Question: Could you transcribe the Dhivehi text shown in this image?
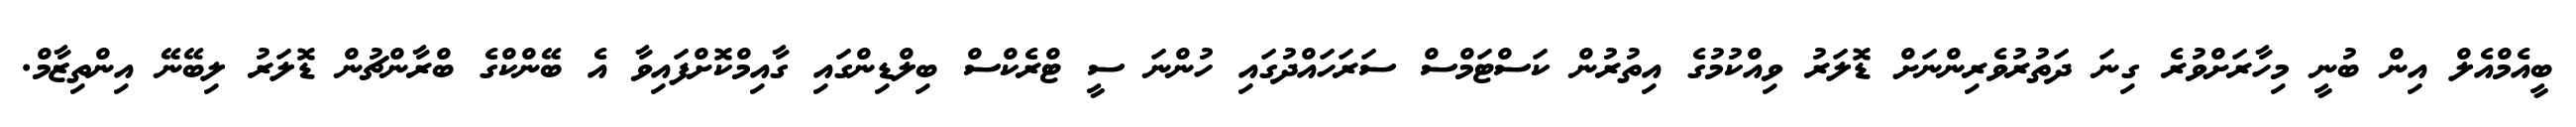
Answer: ބީއެމްއެލް އިން ބުނީ މިހާރަށްވުރެ ގިނަ ދަތުރުވެރިންނަށް ޑޮލަރު ވިއްކުމުގެ އިތުރުން ކަސްޓަމްސް ސަރަހައްދުގައި ހުންނަ ސީ ޓްރެކްސް ބިލްޑިންގައި ގާއިމްކޮށްފައިވާ އެ ބޭންކްގެ ބްރާންޗުން ޑޮލަރު ލިބޭނޭ އިންތިޒާމް.